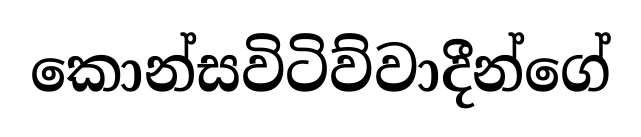
කොන්සවිටිව්වාදීන්ගේ